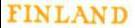
FINLAND